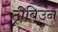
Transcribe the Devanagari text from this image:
ट्रीबिउन